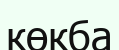
көкба